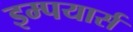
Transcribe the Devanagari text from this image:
इम्पयार्स